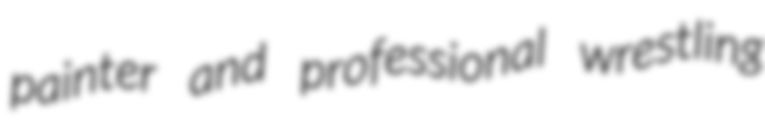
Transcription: painter and professional wrestling